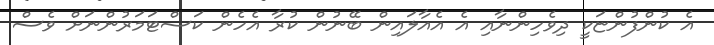
އެ ކުންފުންޏަކީ ދިވެހިންނާއި އެ އެއާލައިން ބޭނުން ކުރާ އެހެން ކަސްޓަމަރުންނަށް ވެސް